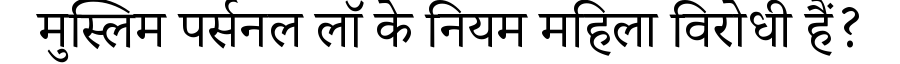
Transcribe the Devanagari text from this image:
मुस्लिम पर्सनल लॉ के नियम महिला विरोधी हैं?